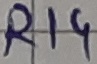
Text: R14